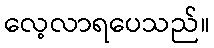
လေ့လာရပေသည်။